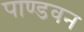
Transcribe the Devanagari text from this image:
पाण्डवन